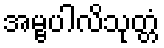
အမ္ဗပါလိသုတ္တံ